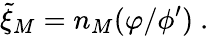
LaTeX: {\widetilde\xi}_{M}=n_{M}(\varphi/\phi^{\prime})~.